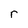
Character: r